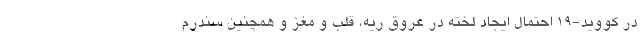
در کووید-۱۹ احتمال ایجاد لخته در عروق ریه، قلب و مغز و همچنین سندرم